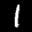
Label: 1